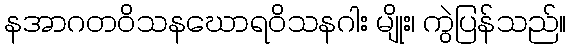
နအာဂတဝိသနဃောရဝိသနဂါး မျိုး၊ ကွဲပြန်သည်။